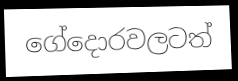
ගේදොරවලටත්